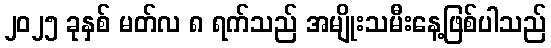
၂၀၂၅ ခုနှစ် မတ်လ ၈ ရက်သည် အမျိုးသမီးနေ့ဖြစ်ပါသည်